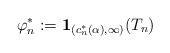
LaTeX: \begin{align*} \varphi_n^*:= \mathbf{1}_{(c_n^*(\alpha),\infty)}(T_n)\end{align*}